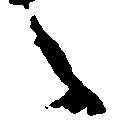
々